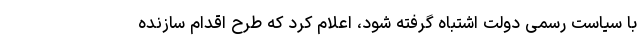
با سیاست رسمی دولت اشتباه گرفته شود، اعلام کرد که طرح اقدام سازنده